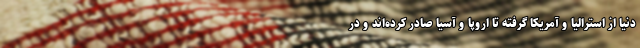
دنیا از استرالیا و آمریکا گرفته تا اروپا و آسیا صادر کرده‌اند و در